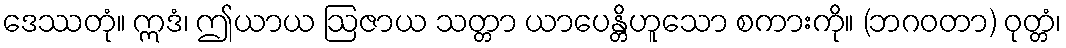
ဒေဿတုံ။ ဣဒံ၊ ဤယာယ ဩဇာယ သတ္တာ ယာပေန္တိဟူသော စကားကို။ (ဘဂဝတာ) ဝုတ္တံ၊